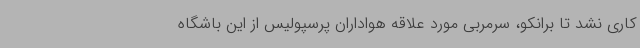
کاری نشد تا برانکو، سرمربی مورد علاقه هواداران پرسپولیس از این باشگاه